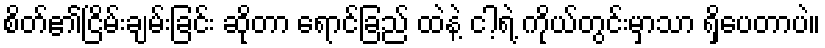
စိတ်၏ငြိမ်းချမ်းခြင်း ဆိုတာ ရောင်ခြည် ထဲနဲ့ ငါ့ရဲ့ ကိုယ်တွင်းမှာသာ ရှိပေတာပဲ။